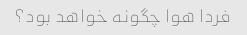
فردا هوا چگونه خواهد بود؟